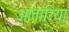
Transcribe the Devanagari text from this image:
आतारिया